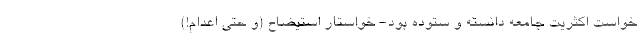
خواست اکثریت جامعه دانسته و ستوده بود- خواستار استیضاح (و حتی اعدام!)